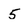
Character: 5